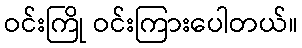
ဝင်းကြို ဝင်းကြားပေါတယ်။